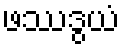
ဖဿဒွယံ